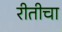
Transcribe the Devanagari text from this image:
रीतीचा